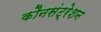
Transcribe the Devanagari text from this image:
कौनसंट्रेशन